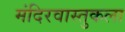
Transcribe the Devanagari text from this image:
मंदिरवास्तुकला